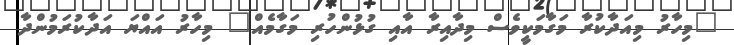
"މިހާރު މިއަދާކުރާ މަގާމަކީވެސް މިދާއިރާ އާއި ގުޅުންހުރި މަގާމެއް" މިހާރު އައްޔަ އަދާކުރަމުންދާ